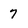
Character: 7